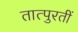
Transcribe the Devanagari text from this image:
तात्पुरतीं